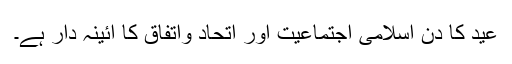
عید کا دن اسلامی اجتماعیت اور اتحاد واتفاق کا آئینہ دار ہے۔